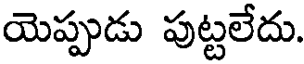
యెప్పుడు పుట్టలేదు.